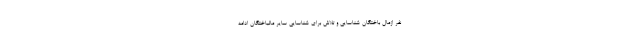
نفر ازمال باختگان شناسایی و تلاش برای شناسایی سایر مالباختگان ادامه